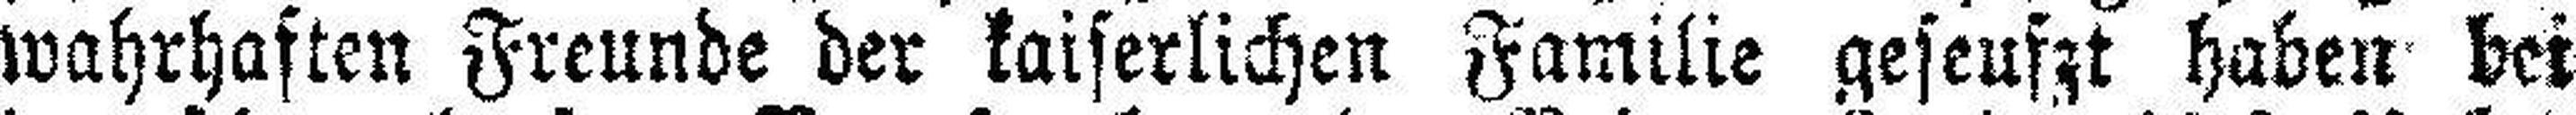
wahrhaften Freunde der kaiserlichen Familie geseufzt haben bei